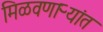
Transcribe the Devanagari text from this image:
मिळवणाऱ्यांत